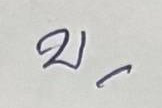
บ